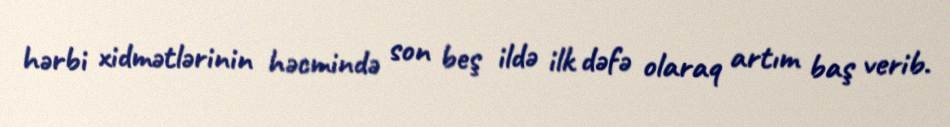
hərbi xidmətlərinin həcmində son beş ildə ilk dəfə olaraq artım baş verib.